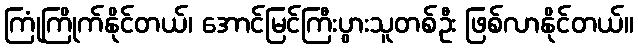
ကြုံကြိုက်နိုင်တယ်၊ အောင်မြင်ကြီးပွားသူတစ်ဦး ဖြစ်လာနိုင်တယ်။